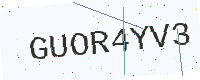
Text: GUOR4YV3